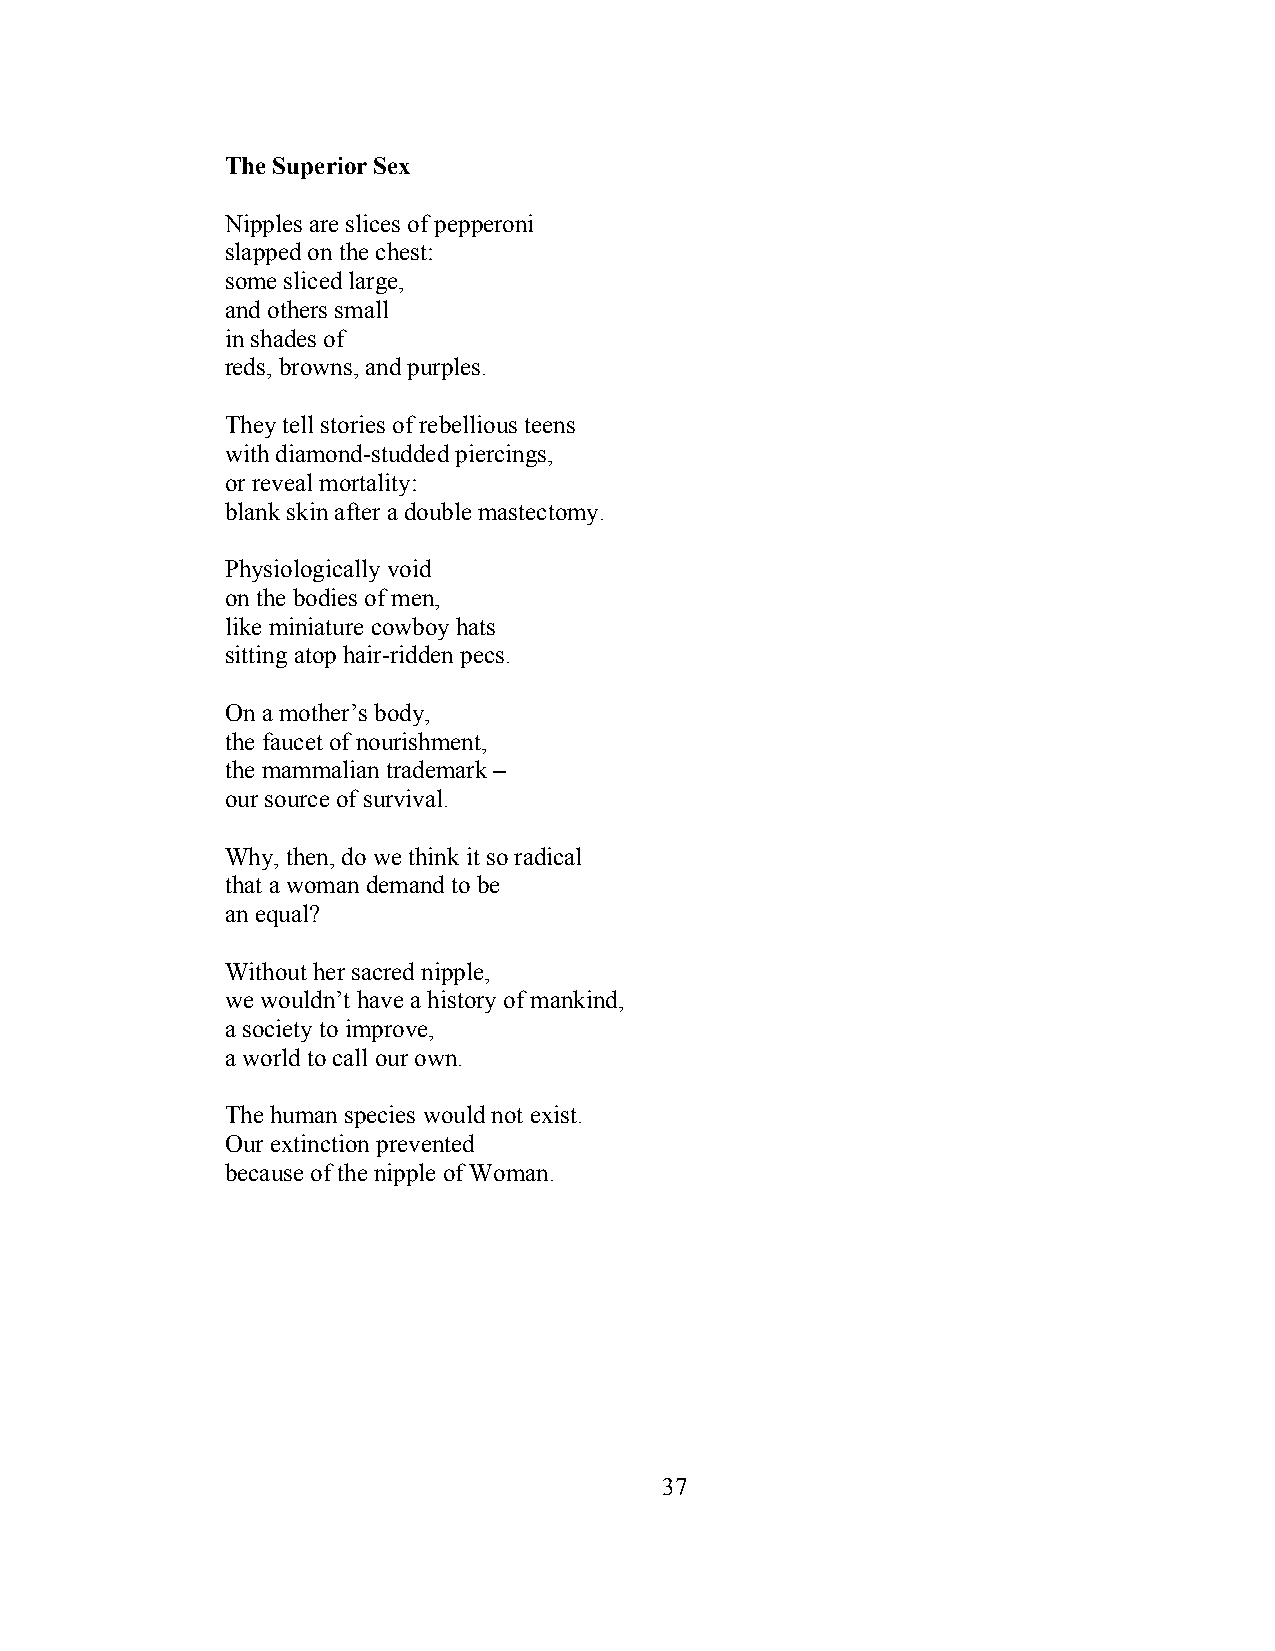
The Superior Sex
 Nipples are slices of pepperoni
 slapped on the chest:
 some sliced large,
 and others small
 in shades of
 reds, browns, and purples.
 They tell stories of rebellious teens
 with diamond-studded piercings,
 or reveal mortality:
 blank skin after a double mastectomy.
 Physiologically void
 on the bodies of men,
 like miniature cowboy hats
 sitting atop hair-ridden pecs.
 On a mother’s body,
 the faucet of nourishment,
 the mammalian trademark –
 our source of survival.
 Why, then, do we think it so radical
 that a woman demand to be
 an equal?
 Without her sacred nipple,
 we wouldn’t have a history of mankind,
 a society to improve,
 a world to call our own.
 The human species would not exist.
 Our extinction prevented
 because of the nipple of Woman.
 37